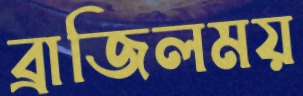
ব্রাজিলময়